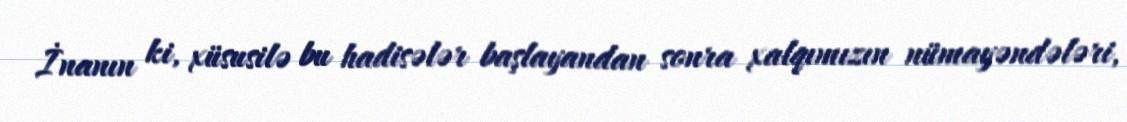
İnanın ki, xüsusilə bu hadisələr başlayandan sonra xalqımızın nümayəndələri,